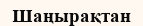
Шаңырақтан